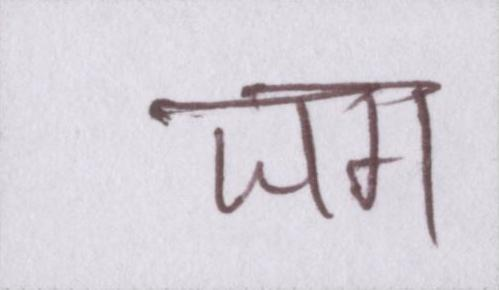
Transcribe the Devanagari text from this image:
जग